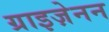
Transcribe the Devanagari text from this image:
ग्राइज़ेनन